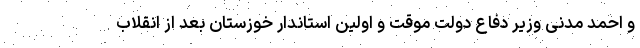
و احمد مدنی وزیر دفاع دولت موقت و اولین استاندار خوزستان بعد از انقلاب